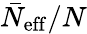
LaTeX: \bar{N}_{\mathrm{eff}}/N